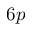
6 p